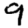
Digit: 9